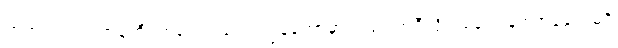
ဟုတ်ပါတယ် အန်တီ၊ တစ်ခါတလေ ကျွန်တော့်မှာလည်း အဲဒီလိုပဲ ခေါင်းချစရာနေရာမရှိ